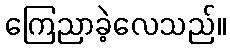
ကြေညာခဲ့လေသည်။